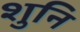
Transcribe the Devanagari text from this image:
शुनि